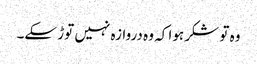
وہ تو شکر ہوا کہ وہ دروازہ نہیں توڑ سکے۔